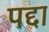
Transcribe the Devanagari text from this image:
पद्दा